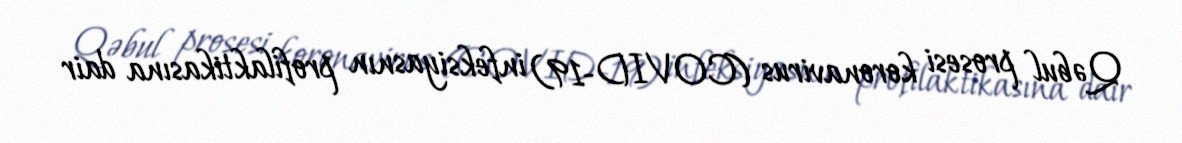
Qəbul prosesi koronavirus (COVID-19) infeksiyasnın profilaktikasına dair